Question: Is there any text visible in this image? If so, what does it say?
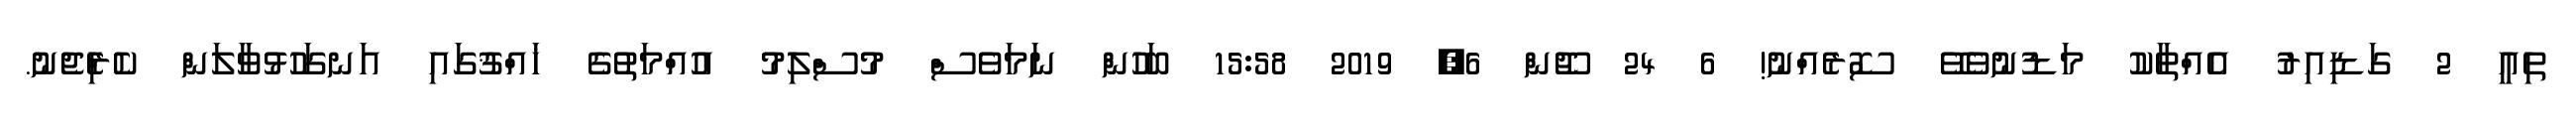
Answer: ތިއީ 2 ގަޑިއިރު އެއްތާކު މަޑުނުވެވޭ ސޮރެއްނު! 6 24 ޖޫން 6, 2019 15:58 ބަހުން ނަމަވެސް މުސްލިމު އުއްމަތުގެ ޚައްޤުގައި އަނގަހުޅުވާލަން ކެރިެްޖެނު.